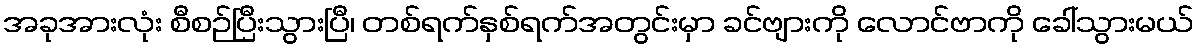
အခုအားလုံး စီစဉ်ပြီးသွားပြီ၊ တစ်ရက်နှစ်ရက်အတွင်းမှာ ခင်ဗျားကို လောင်ဗာကို ခေါ်သွားမယ်